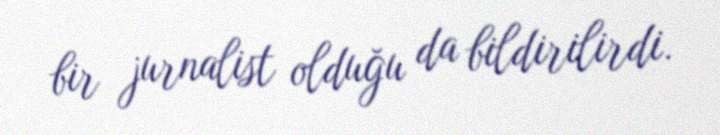
bir jurnalist olduğu da bildirilirdi.